Lunatic asylums Punjab 1895-1910 - 1895-1910
Year: 1895
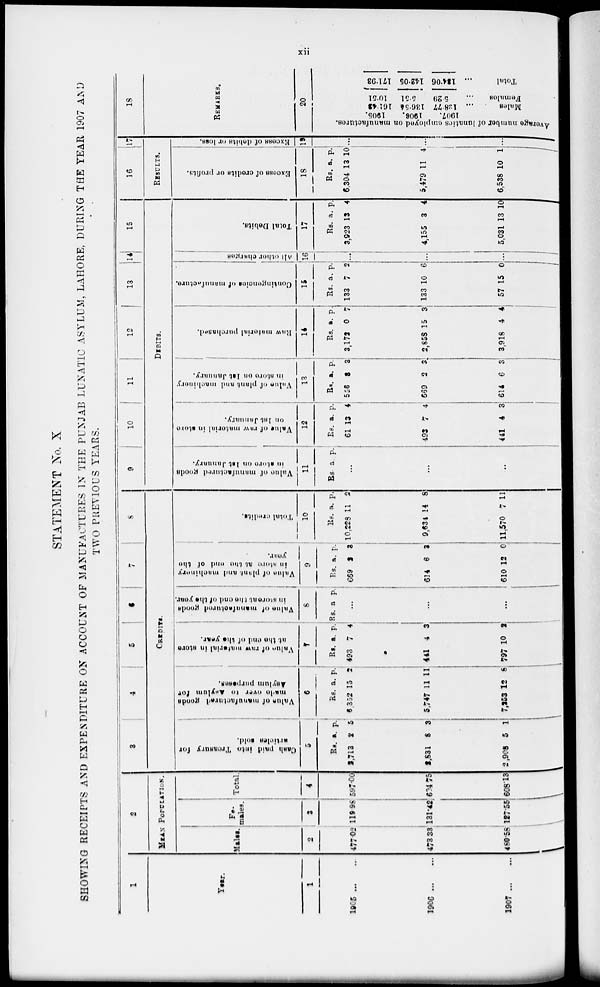
xii
STATEMENT No. X
SHOWING RECEIPTS AND EXPENDITURE ON ACCOUNT OF MANUFACTURES IN THE PUNJAB LUNATIC ASYLUM, LAHORE, DURING THE YEAR 1907 AND
TWO PREVIOUS YEARS.
1
Year.
1
1905 ... ...
1906 ... ...
1907 ... ...
2
MEAN POPULATION.
Males.
2
477.02
473.33
480.58
Fe-
males.
3
119.98
131.42
127.55
Total.
4
597.00
604.75
608.13
3
4
5
6
7
8
CREDITS.
Cash
paid Into Treasury for
articles sold.
5
Rs.
2,713
2,831
2,908
a.
2
8
5
p.
5
3
1
Value of manufactured goods
made
over r,o Asylum for
Asylum purposes.
6
Rs.
3,352
5,747
7,253
a.
15
11
12
p.
2
11
8
Va1ue
of raw material In store
at the end of the year.
7
Rs.
493
441
797
a.
7
4
10
p.
4
3
2
Value of manufactured goods
in store at the end of the year.
8
Rs. a p.
...
...
Value of plant and machinery
in store at the end of the
year.
9
Rs.
669
614
610
a.
3
6
12
p.
3
3
0
Total credits.
10
Rs.
10,228
9,634
11,570
a.
11
14
7
p.
2
8
11
9
10
11
12
13 14 15
DEBITS.
Value of manufactured goods
in store on 1st January.
11
Rs. a. p.
...
...
...
Value of raw material in store
on 1st January.
12
Rs.
61
493
441
a.
13
7
4
p.
4
4
3
Value
of plant and machinery
in store on 1st January.
13
Rs.
556
669
614
a.
3
2
6
p.
3
3
3
Raw material purchased.
14
Rs.
3,172
2,858
3,918
a.
0
15
4
p.
7
3
4
Contingencies of manufacture.
15
Rs.
133
133
57
a.
7
10
15
p.
2
6
0
All other charges
16
...
...
Total Debits.
17
Rs.
3,923
4,155
5,031
a.
13
3
13
p.
4
4
10
16
17
RESULTS.
Excess of credits or profits.
18
Rs.
6.304
5,479
6,538
a.
13
11
10
p.
10
4
1
Excess of debits or loss.
19
...
...
...
18
REMARKS.
20
Average number of lunatics employed on manufactures.
1905.
1906.
1907.
161.42
136.54
128.77
Males
...
10.51
5.51
5.29
Females
...
171.93
142.05
134.06
Total ...